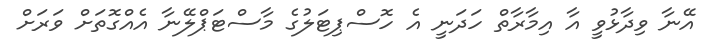
އޭނާ ވިދާޅުވީ އާ އިމާރާތް ހަދަނީ އެ ހޮސްޕިޓަލުގެ މާސްޓަޕްލޭނާ އެއްގޮތަށް ވަރަށް